Report on sanitation, dispensaries, and jails in Rajputana for 1915, and on vaccination for the year 1915-1916 - 1915-1916
Year: 1915
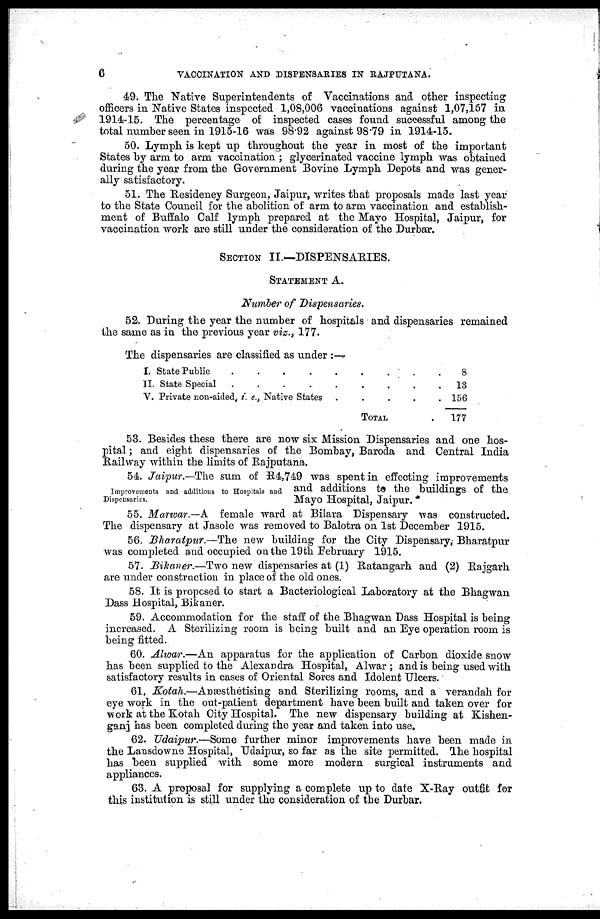
6
VACCINATION AND DISPENSARIES IN RAJPUTANA.
49. The Native Superintendents of Vaccinations and other inspecting
officers in Native States inspected 1,08,006 vaccinations against 1,07,157 in
1914-15. The percentage of inspected cases found successful among the
total number seen in 1915-16 was 98.92 against 98.79 in 1914-15.
50. Lymph is kept up throughout the year in most of the important
States by arm to arm vaccination ; glycerinated vaccine lymph was obtained
during the year from the Government Bovine Lymph Depots and was gener-
ally satisfactory.
51. The Residency Surgeon, Jaipur, writes that proposals made last year
to the State Council for the abolition of arm to arm vaccination and establish-
ment of Buffalo Calf lymph prepared at the Mayo Hospital, Jaipur, for
vaccination work are still under the consideration of the Durbar.
SECTION II.—DISPENSARIES.
STATEMENT A.
Number of Dispensaries.
52. During the year the number of hospitals and dispensaries remained
the same as in the previous year viz., 177.
The dispensaries are classified as under :—
I. State Public
II. State Special
.........
V. Private non-aided, i. e., Native States
.....
TOTAL.
8
13
156
177
53. Besides these there are now six Mission Dispensaries and one hos-
pital ; and eight dispensaries of the Bombay, Baroda and Central India
Railway within the limits of Rajputana.
Improvements and additions to Hospitals and
Dispensaries.
54. Jaipur.—The sum of R4,749 was spent in effecting improvements
and additions to the buildings of the
Mayo Hospital, Jaipur. *
55. Marwar—A female ward at Bilara Dispensary was constructed.
The dispensary at Jasole was removed to Balotra on 1st December 1915.
56 Bharatpur.—The new building for the City Dispensary, Bharatpur
was completed and occupied on the 19th February 1915.
57. Bikaner.—Two new dispensaries at (1) Ratangarh and (2) Rajgarh
are under construction in place of the old ones.
58. It is proposed to start a Bacteriological Laboratory at the Bhagwan
Dass Hospital, Bikaner.
59. Accommodation for the staff of the Bhagwan Dass Hospital is being
increased. A Sterilizing room is being built and an Eye operation room is
being fitted.
60. Alwar.—An apparatus for the application of Carbon dioxide snow
has been supplied to the Alexandra Hospital, Alwar ; and is being used with
satisfactory results in cases of Oriental Sores and Idolent Ulcers.
61. Kotah.—Anæsthetising and Sterilizing rooms, and a verandah for
eye work in the out-patient department have been built and taken over for
work at the Kotah City Hospital. The new dispensary building at Kishen-
ganj has been completed during the year and taken into use.
62. Udaipur.—Some further minor improvements have been made in
the Lausdowne Hospital, Udaipur, so far as the site permitted. The hospital
has been supplied with some more modern surgical instruments and
appliances.
63. A proposal for supplying a complete up to date X-Ray outfit for
this institution is still under the consideration of the Durbar.